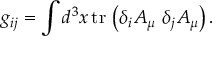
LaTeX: g _ { i j } = \int d ^ { 3 } x \, \mathrm { t r } \, \left( \delta _ { i } A _ { \mu } \, \, \delta _ { j } A _ { \mu } \right) .